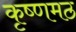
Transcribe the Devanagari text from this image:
कृष्णमठ